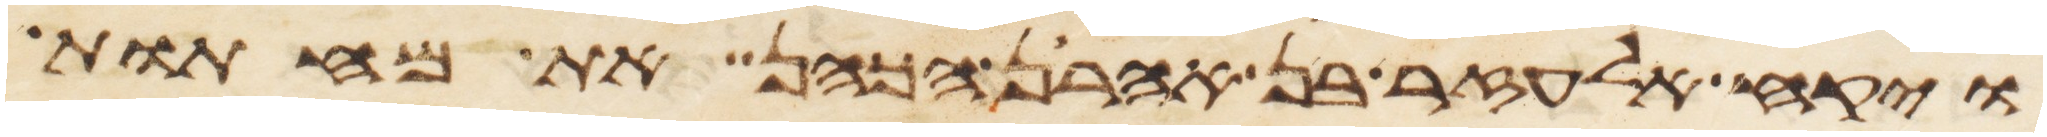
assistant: ויקח אלעזר בן אהרן הכהן את מחתות